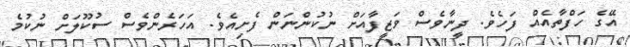
އޭގެ ހަފްތާއެއް ފަހެވެ. ދީނާވެސް ވަޒީފާއަށް ނުކުންނަން ފެށިއެވެ. އަހަރެންވެސް ސުކޫލަށް ނުކުމެ